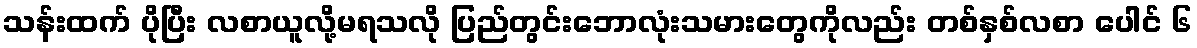
သန်းထက် ပိုပြီး လစာယူလို့မရသလို ပြည်တွင်းဘောလုံးသမားတွေကိုလည်း တစ်နှစ်လစာ ပေါင် ၆